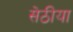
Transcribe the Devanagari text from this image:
सेठीया